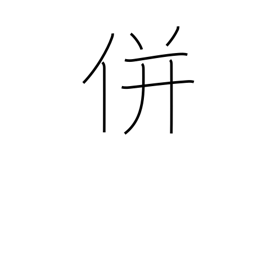
Meaning: unite